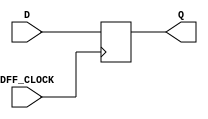
`timescale 1ns / 1ps
//////////////////////////////////////////////////////////////////////////////////
// Company: 
// Engineer: 
// 
// Design Name: 
// Module Name: my_dff
// Project Name: 
// Target Devices: 
// Tool Versions: 
// Description: 
// 
// Dependencies: 
// 
// Revision:
// Revision 0.01 - File Created
// Additional Comments:
// 
//////////////////////////////////////////////////////////////////////////////////


module my_dff(
    input DFF_CLOCK,D,
    output reg Q = 0
    );
    always @ (posedge DFF_CLOCK)
    begin
        Q <= D;
    end
endmodule